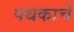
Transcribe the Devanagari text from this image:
पथकाचेे